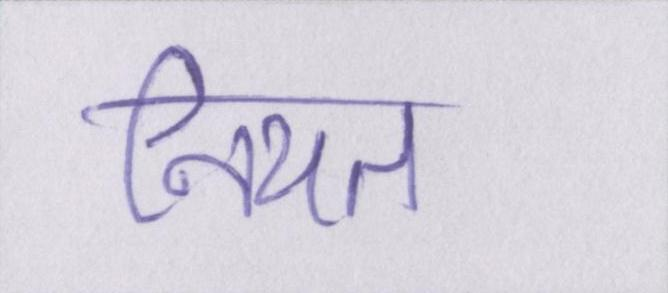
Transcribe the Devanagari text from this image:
नियत